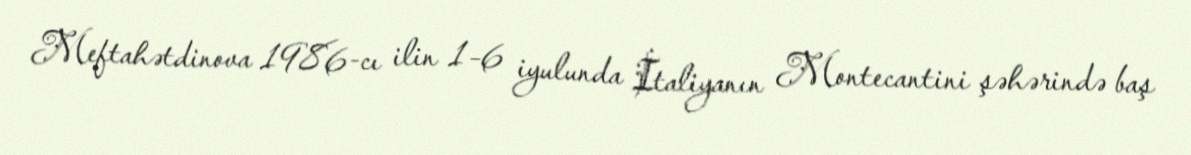
Meftahətdinova 1986-cı ilin 1–6 iyulunda İtaliyanın Montecantini şəhərində baş